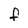
Character: f